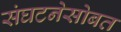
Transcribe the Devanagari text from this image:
संघटनेसोबत